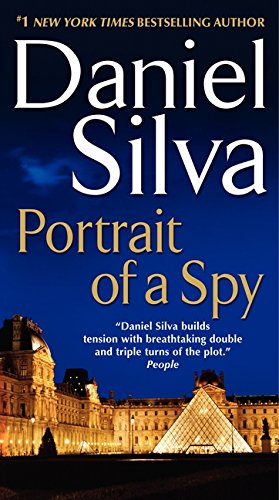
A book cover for Portrait of a Spy (Gabriel Allon); Daniel Silva; Literature & Fiction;